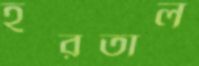
হরতাল